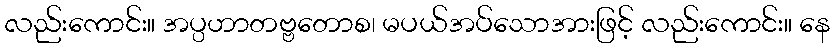
လည်းကောင်း။ အပ္ပဟာတဗ္ဗတောစ၊ မပယ်အပ်သောအားဖြင့် လည်းကောင်း။ နေ